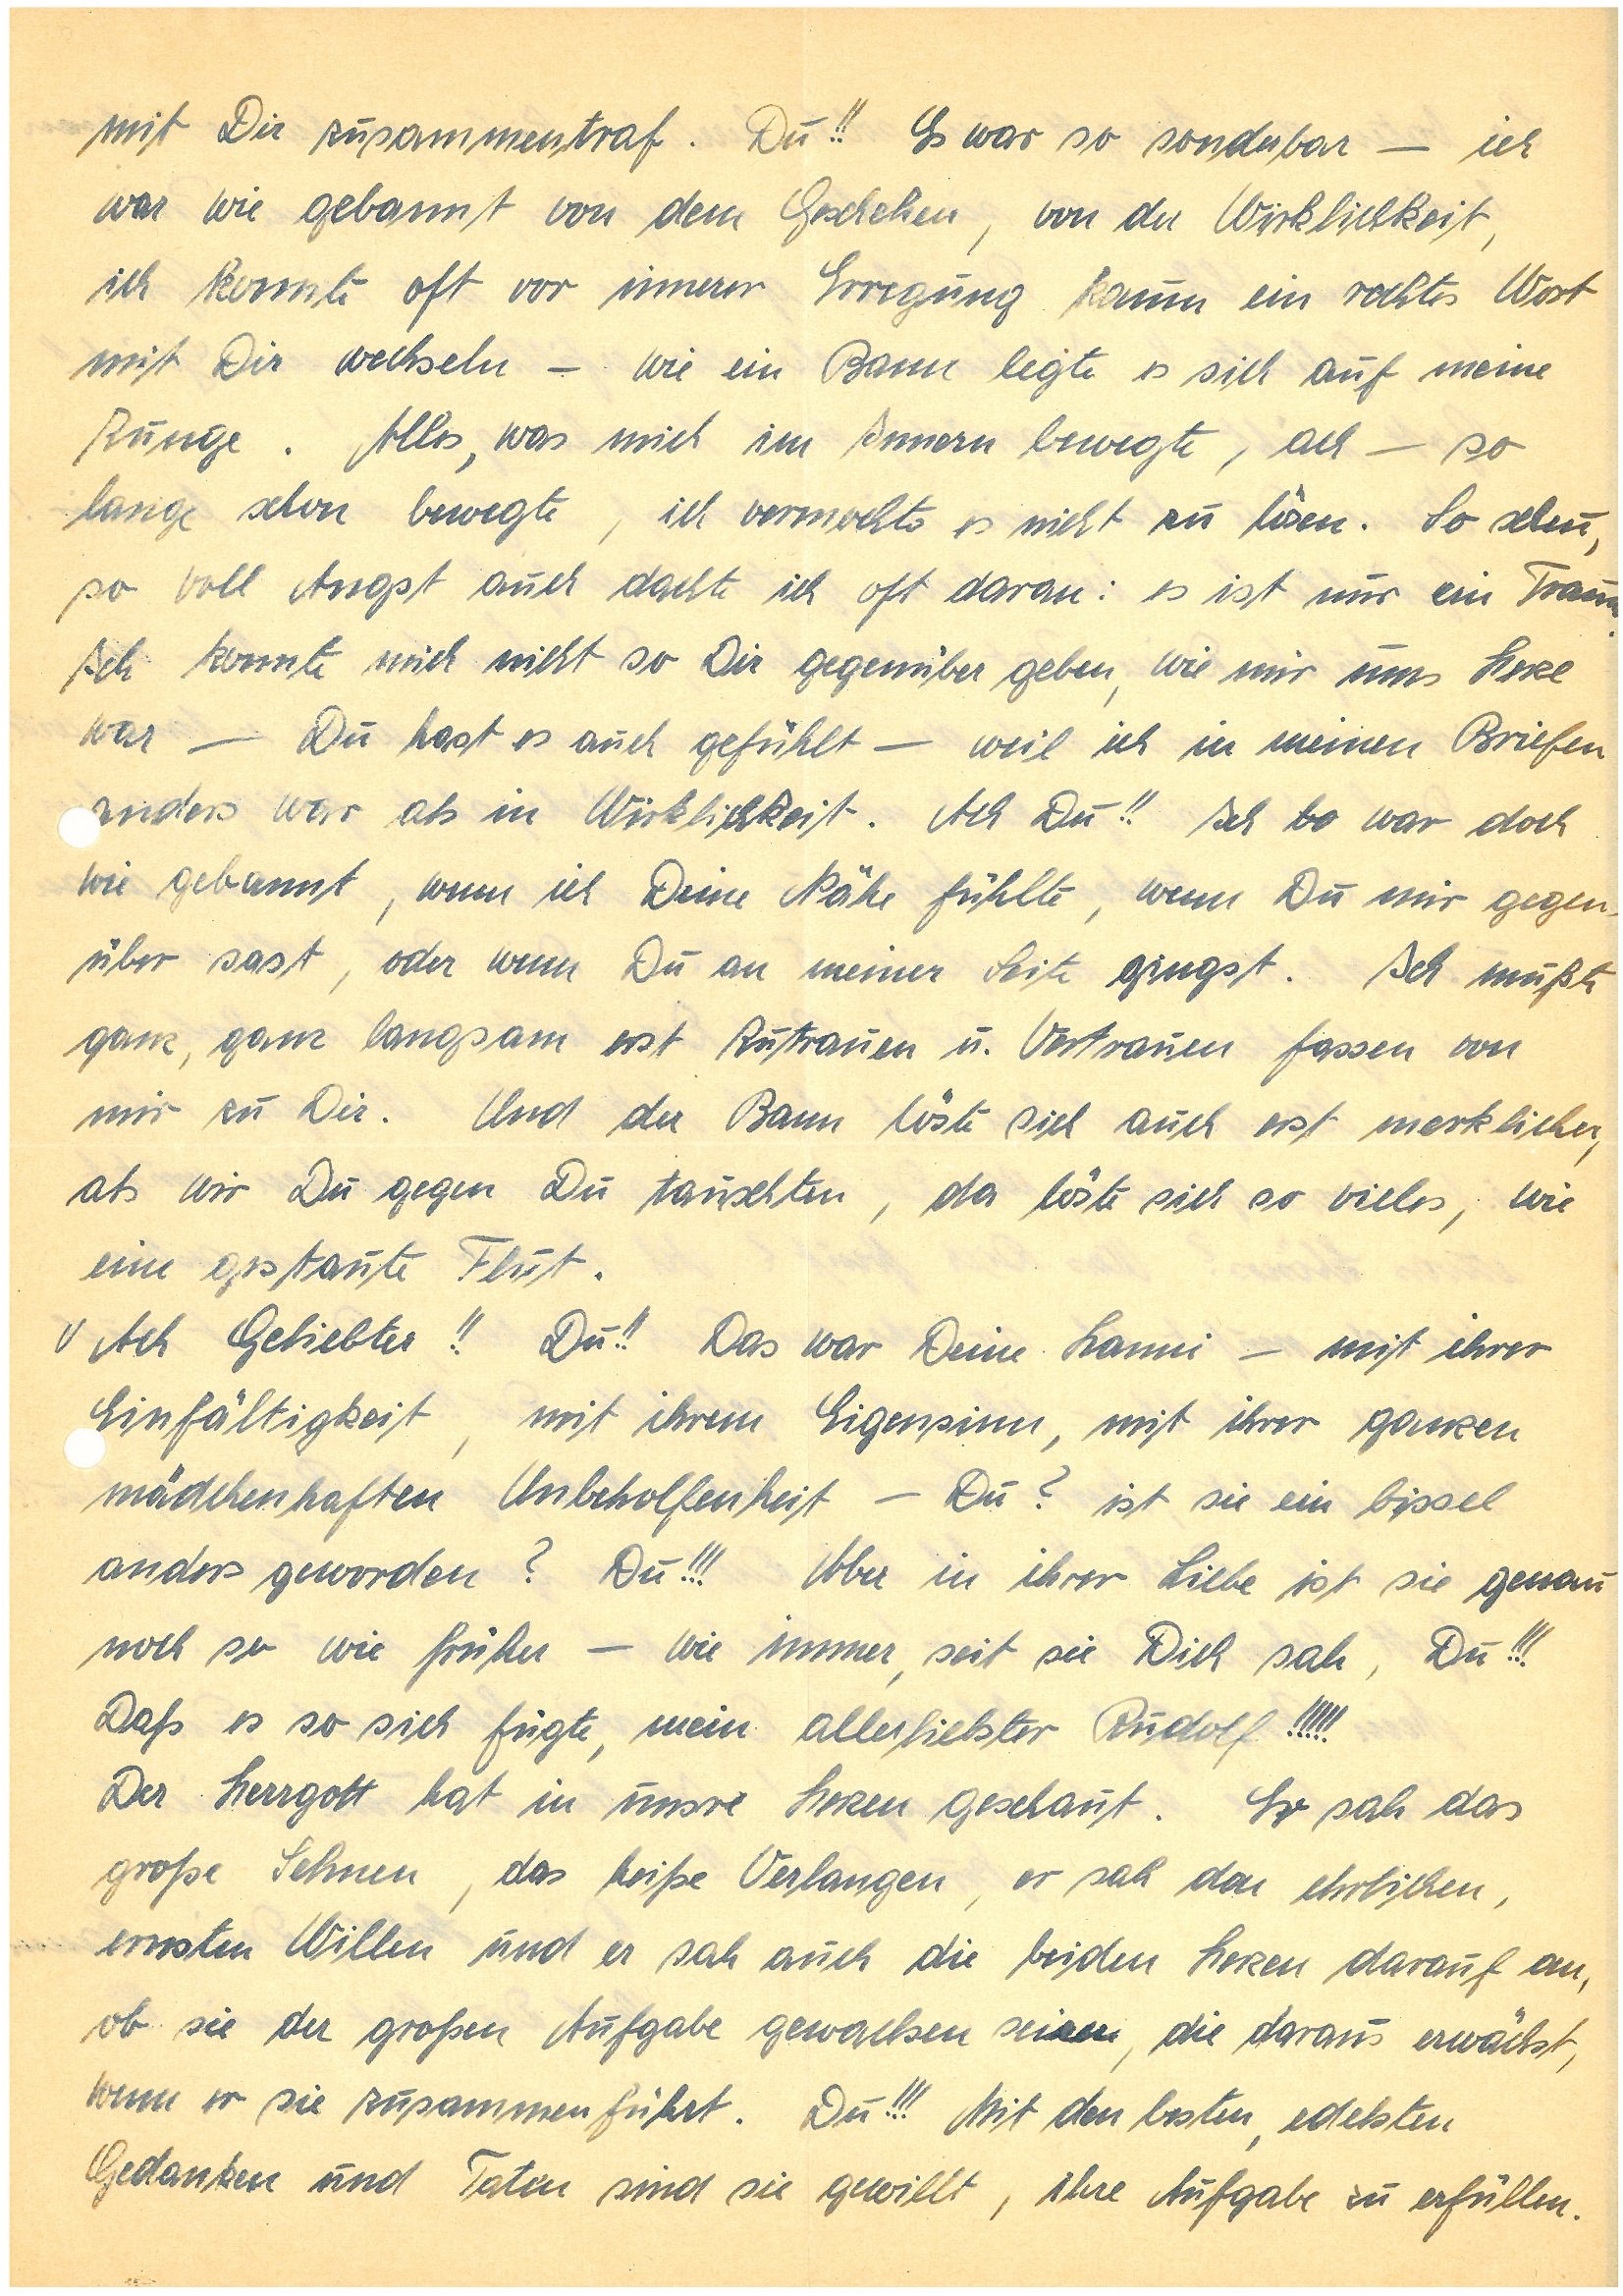
mit Dir zusammentraf. Du!! Es war so sonderbar – ich
war gebannt von dem Geschehen, von der Wirklichkeit,
ich konnte oft vor innerer Erregung kaum ein rechtes Wort
mit Dir wechseln – wie ein Bann legte es sich auf meine
Zunge. Alles, was mich im Innern bewegte, ach – so
lange schon bewegte, ich vermochte es nicht zu lösen. So scheu,
so voll Angst auch dachte ich oft daran: es ist nur ein Traum.
Ich konnte mich nicht so Dir gegenüber geben, wie mir ums Herz
war – Du hast es auch gefühlt – weil ich in meinen Briefen
nders war als in Wirklichkeit. Ach Du!! Ich bo war doch
wie gebannt, wenn ich Deine Nähe fühlte, wenn Du mir gegen¬
über sast, oder wenn Du an meiner Seite gingst. Ich mußte
ganz, ganz langsam erst Zutrauen u. Vertrauen fassen von
mir zu Dir. Und der Bann löste sich auch erst merklicher,
als wir Du gegen Du tauschten, da löste sich so vieles, wie
eine gestaute Flut.
Ach Geliebter!! Du!! Das war Deine  – mit ihrer Einfältigkeit, mit ihrem
Einfältigkeit, mit ihrem Eigensinn, mit ihrer ganzen
mädchenhaften Unbeholfenheit – Du? ist sie ein bissel
anders geworden? Du!!! Aber in ihrer Liebe ist sie genau
noch so wie früher – wie immer, seit sie Dich sah, Du!!!
Daß es so sich fügte, mein allerliebster!!!!!
Der Herrgott hat in unsre Herzen geschaut. Er sah das
große Sehnen, das heiße Verlangen, er sah den ehrlichen,
ernsten Willen und er sah auch die beiden Herzen darauf an,
ob sie der großen Aufgabe gewachsen seien, die daraus erwächst,
wenn er sie zusammen führt. Du!!! Mit den besten, edelsten
Gedanken und Taten sind sie gewillt, ihre Aufgabe zu erfüllen.